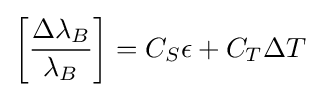
\left[{\frac {\Delta \lambda _{B}}{\lambda _{B}}}\right]=C_{S}\epsilon +C_{T}\Delta T